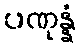
ပဏုန္နံ